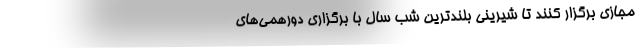
مجازی برگزار کنند تا شیرینی بلندترین شب سال با برگزاری دورهمی‌های